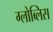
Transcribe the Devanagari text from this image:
ग्लोब्लिस